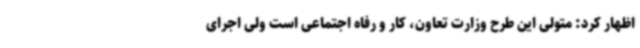
اظهار کرد: متولی این طرح وزارت تعاون، کار و رفاه اجتماعی است ولی اجرای